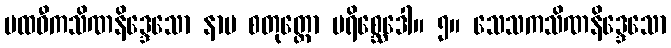
ပထဝီကသိဏနိဒ္ဒေသော နာမ စတုတ္ထော ပရိစ္ဆေဒေါ။ ၅။ သေသကသိဏနိဒ္ဒေသော